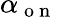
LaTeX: \alpha_{\mathrm{~o~n~}}